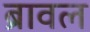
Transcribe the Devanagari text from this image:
ब्रावल